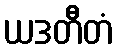
ယဒတီတံ